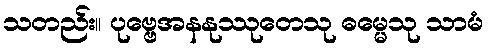
သတည်း။ ပုဗ္ဗေအနနုဿုတေသု ဓမ္မေသု သာမံ